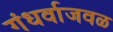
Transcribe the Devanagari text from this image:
गंधर्वाजवळ